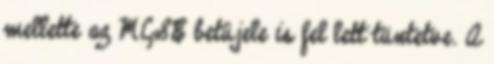
mellette az MCSE betûjele is fel lett tüntetve. A